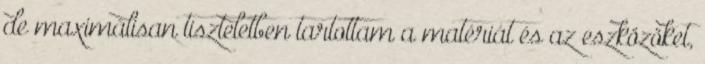
de maximálisan tiszteletben tartottam a matériát és az eszközöket,